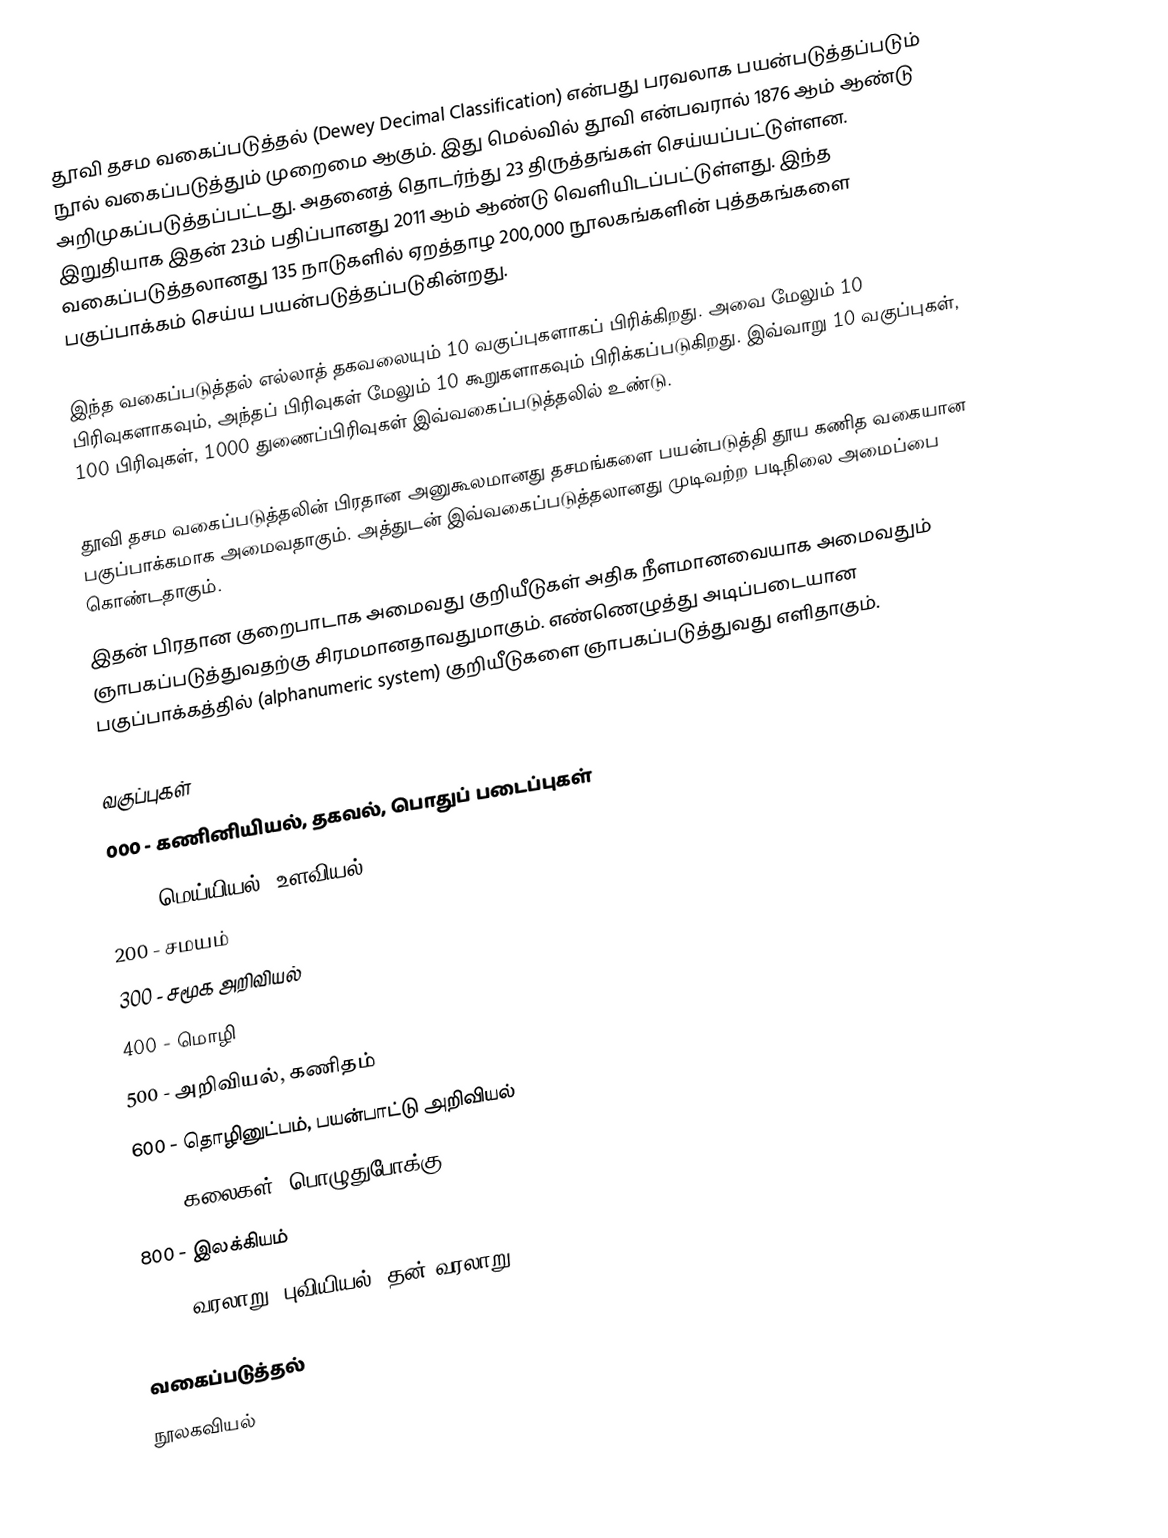
தூவி தசம வகைப்படுத்தல் (Dewey Decimal Classification) என்பது பரவலாக பயன்படுத்தப்படும் நூல் வகைப்படுத்தும் முறைமை ஆகும். இது மெல்வில் தூவி என்பவரால் 1876 ஆம் ஆண்டு அறிமுகப்படுத்தப்பட்டது. அதனைத் தொடர்ந்து 23 திருத்தங்கள் செய்யப்பட்டுள்ளன. இறுதியாக இதன் 23ம் பதிப்பானது 2011 ஆம் ஆண்டு வெளியிடப்பட்டுள்ளது. இந்த வகைப்படுத்தலானது 135 நாடுகளில் ஏறத்தாழ 200,000 நூலகங்களின் புத்தகங்களை பகுப்பாக்கம் செய்ய பயன்படுத்தப்படுகின்றது.

இந்த வகைப்படுத்தல் எல்லாத் தகவலையும் 10 வகுப்புகளாகப் பிரிக்கிறது. அவை மேலும் 10 பிரிவுகளாகவும், அந்தப் பிரிவுகள் மேலும் 10 கூறுகளாகவும் பிரிக்கப்படுகிறது. இவ்வாறு 10 வகுப்புகள், 100 பிரிவுகள், 1000 துணைப்பிரிவுகள் இவ்வகைப்படுத்தலில் உண்டு.

தூவி தசம வகைப்படுத்தலின் பிரதான அனுகூலமானது தசமங்களை பயன்படுத்தி தூய கணித வகையான பகுப்பாக்கமாக அமைவதாகும். அத்துடன் இவ்வகைப்படுத்தலானது முடிவற்ற படிநிலை அமைப்பை கொண்டதாகும்.
இதன் பிரதான குறைபாடாக அமைவது குறியீடுகள் அதிக நீளமானவையாக அமைவதும் ஞாபகப்படுத்துவதற்கு சிரமமானதாவதுமாகும். எண்ணெழுத்து அடிப்படையான பகுப்பாக்கத்தில் (alphanumeric system) குறியீடுகளை ஞாபகப்படுத்துவது எளிதாகும்.

வகுப்புகள்
 000 - கணினியியல், தகவல், பொதுப் படைப்புகள்
 100 - மெய்யியல், உளவியல்
 200 - சமயம்
 300 - சமூக அறிவியல்
 400 - மொழி
 500 - அறிவியல், கணிதம்
 600 - தொழினுட்பம், பயன்பாட்டு அறிவியல்
 700 - கலைகள், பொழுதுபோக்கு
 800 - இலக்கியம்
 900 - வரலாறு, புவியியல், தன் வரலாறு

வகைப்படுத்தல்
நூலகவியல்